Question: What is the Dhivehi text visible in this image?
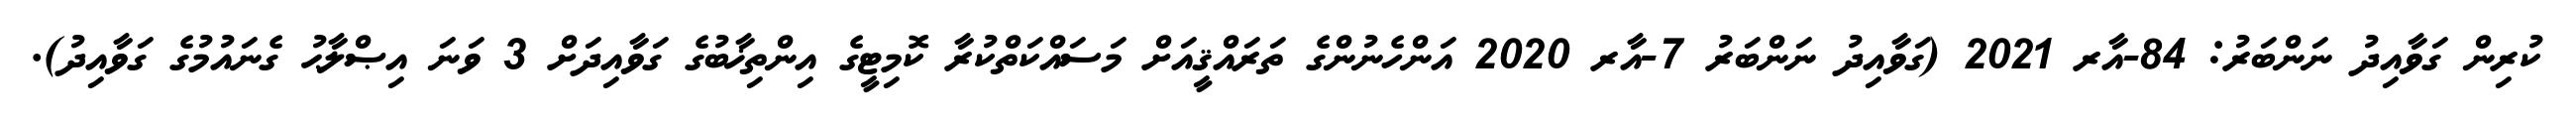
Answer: ކުރިން ގަވާއިދު ނަންބަރު: 84-އާރ 2021 (ގަވާއިދު ނަންބަރު 7-އާރ 2020 އަންހެނުންގެ ތަރައްޤީއަށް މަސައްކަތްކުރާ ކޮމިޓީގެ އިންތިޚާބުގެ ގަވާއިދަށް 3 ވަނަ އިޞްލާޙު ގެނައުމުގެ ގަވާއިދު).